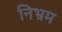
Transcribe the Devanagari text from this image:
निभ्रम